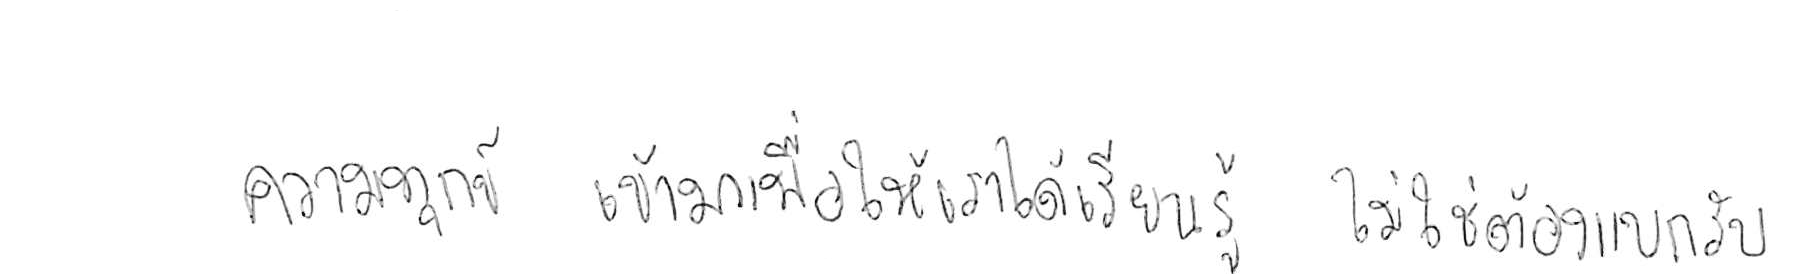
ความทุกข์ เข้ามาเพื่อให้เราได้ เรียนรู้ ไม่ใช่ต้อง แบกรับ